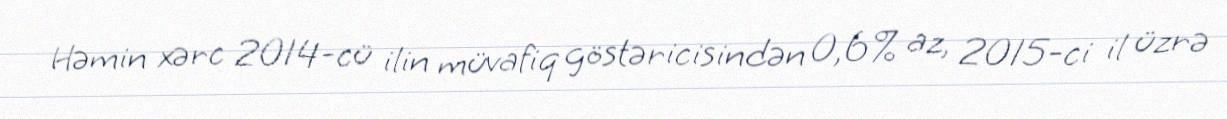
Həmin xərc 2014-cü ilin müvafiq göstəricisindən 0,6% az, 2015-ci il üzrə